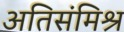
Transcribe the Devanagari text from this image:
अतिसंमिश्र